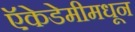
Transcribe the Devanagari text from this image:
ऍकेडेमीमधून